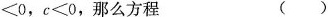
< 0$$，$$c < 0$$，那么方程 ( )